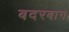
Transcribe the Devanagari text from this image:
बदरबाग